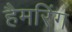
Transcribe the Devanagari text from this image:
हैमरिंग